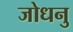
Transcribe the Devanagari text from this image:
जोधनु